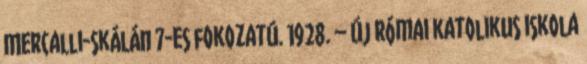
Mercalli-skálán 7-es fokozatú. 1928. – Új római katolikus iskola